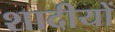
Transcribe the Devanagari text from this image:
शादीयों